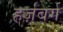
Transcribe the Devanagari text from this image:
हर्ज़बर्ग